Indian journal of veterinary science and animal husbandry - Volumes 15-17, 1948-1951
Year: 1948
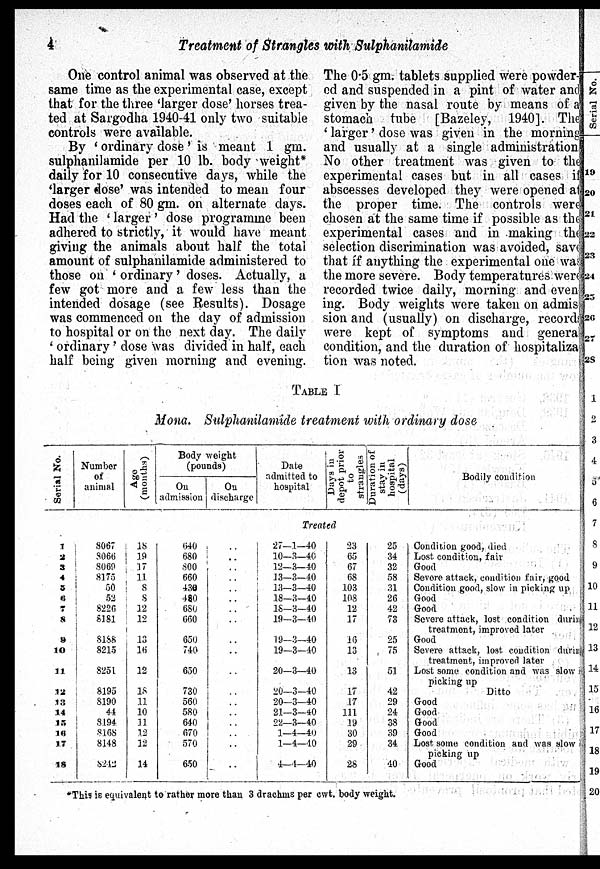
4
Treatment of Strangles with Sulphanilamide
One control animal was observed at the
same time as the experimental case, except
that for the three 'larger dose' horses trea-
ted at Sargodha 1940-41 only two suitable
controls were available.
By 'ordinary dose' is meant 1 gm.
sulphanilamide per 10 lb. body weight*
daily for 10 consecutive days, while the
'larger dose' was intended to mean four
doses each of 80 gm. on alternate days.
Had the 'larger' dose programme been
adhered to strictly, it would have meant
giving the animals about half the total
amount of sulphanilamide administered to
those on 'ordinary' doses. Actually, a
few got more and a few less than the
intended dosage (see Results). Dosage
was commenced on the day of admission
to hospital or on the next day. The daily
'ordinary' dose was divided in half, each
half being given morning and evening.
The 0.5 gm. tablets supplied were powder-
ed and suspended in a pint of water and
given by the nasal route by means of a
stomach tube [Bazeley, 1940]. The
'larger' dose was given in the morning
and usually at a single administration,
No other treatment was given to the
experimental cases but in all cases if
abscesses developed they were opened at
the proper time. The controls were
chosen at the same time if possible as the
experimental cases and in making the
selection discrimination was avoided, save
that if anything the experimental one was
the more severe. Body temperatures were
recorded twice daily, morning and even
ing. Body weights were taken on admis-
sion and (usually) on discharge, records
were kept of symptoms and general
condition, and the duration of hospitaliza
tion was noted.
TABLE I
Mona. Sulphanilamide treatment with ordinary dose
Serial No.
Number
of
animal
Age
(months)
Body weight
(pounds)
On
admission
On
discharge
Date
admitted to
hospital
Days in
depot prior
to
strangles
Duration of
stay in
hospital
(days)
Bodily condition
Treated
1
2
3
4
5
6
7
8
9
10
11
12
13
14
15
16
17
18
8067
8066
8069
8175
50
52
8226
8181
8188
8215
8251
8195
8190
44
8194
8168
8148
8242
18
19
17
11
8 8
12
12
13
16
12
18
11
10
11
12
12
14
640
680
800
660
430
480
680
660
650
740
650
730
560
580
640
670
570
650
..
..
..
..
..
..
..
..
..
..
..
..
..
..
..
..
..
..
27—1—40
10—3—40
12—3—40
13—3—40
13—3—40
18—3—40
18—3—40
19—3—40
19—3—40
19—3—40
20—3—40
20—3—40
20—3—40
21—3—40
22—3—40
1—4—40
1—4—40
4—4—40
23
65
67
68
103
108
12
17
16
13
13
17
17
111
19
30
29
28
25
34
32
58
31
26
42
73
25
75
51
42
29
24
38
39
34
40
Condition good, died
Lost condition, fair
Good
Severe attack, condition fair, good
Condition good, slow in picking up
Good
Good
Severe attack, lost condition durin
treatment, improved later
Good
Severe attack, lost condition during
treatment, improved later
Lost some condition and was slow
picking up
Ditto
Good
Good
Good
Good
Lost some condition and was slow
picking up
Good
*This is equivalent to rather more than 3 drachms per cwt. body weight.